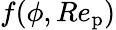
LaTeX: {f}(\phi,Re_{\mathrm{p}})